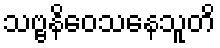
သဗ္ဗနိဝေသနေသူတိ